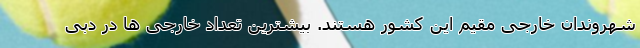
شهروندان خارجی مقیم این کشور هستند. بیشترین تعداد خارجی ها در دبی